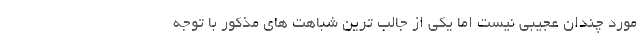
مورد چندان عجیبی نیست اما یکی از جالب ترین شباهت های مذکور با توجه